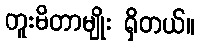
တူးမိတာမျိုး ရှိတယ်။